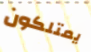
يمتلكون